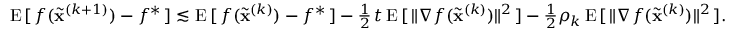
\begin{array} { r } { \mathrm { E } \, [ \, f ( \widetilde \mathbf { x } ^ { ( k + 1 ) } ) - f ^ { * } \, ] \lesssim \mathrm { E } \, [ \, f ( \widetilde \mathbf { x } ^ { ( k ) } ) - f ^ { * } \, ] - \frac { 1 } { 2 } \, t \, \mathrm { E } \, [ \, \Vert \nabla f ( \widetilde \mathbf { x } ^ { ( k ) } ) \Vert ^ { 2 } \, ] - \frac { 1 } { 2 } \rho _ { k } \, \mathrm { E } \, [ \, \Vert \nabla f ( \widetilde \mathbf { x } ^ { ( k ) } ) \Vert ^ { 2 } \, ] . } \end{array}